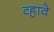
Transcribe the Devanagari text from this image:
व्‍हावे